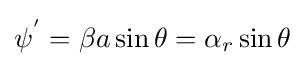
\psi ^{'}=\beta a\sin \theta =\alpha _{r}\sin \theta